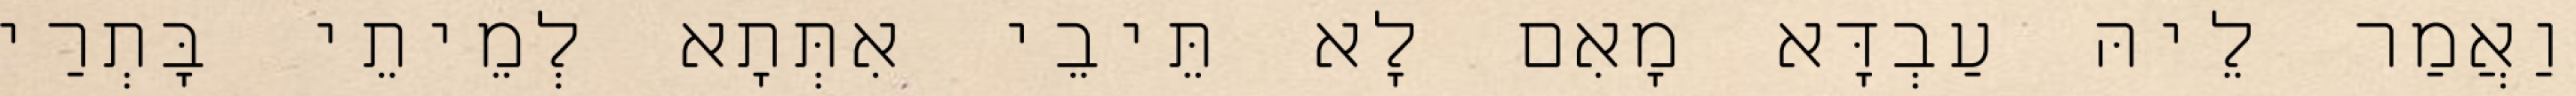
וַאֲמַר לֵיהּ עַבְדָּא מָאִם לָא תֵּיבֵי אִתְּתָא לְמֵיתֵי בָּתְרַי